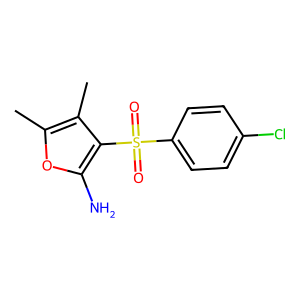
SMILES: Cc1oc(N)c(S(=O)(=O)c2ccc(Cl)cc2)c1C
Inhibits HIV replication: No